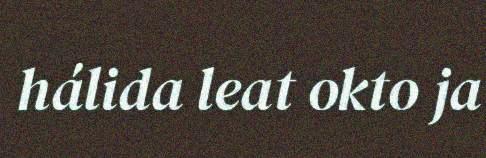
hálida leat okto ja